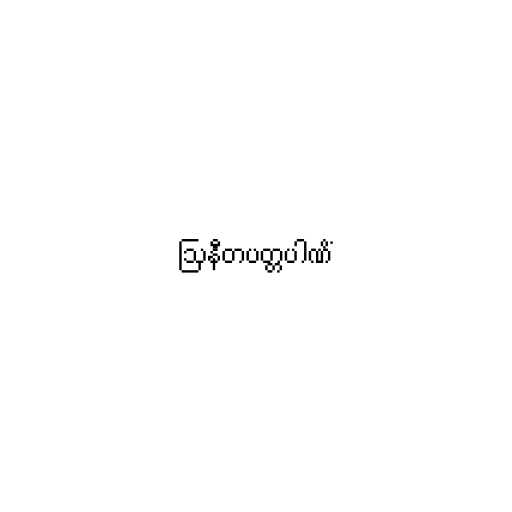
ဩနီတပတ္တပါဏိံ